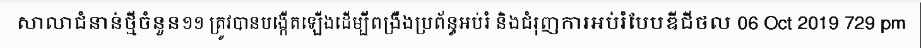
សាលាជំនាន់ថ្មីចំនួន១១ ត្រូវបានបង្កើតឡើងដើម្បីពង្រឹងប្រព័ន្ធអប់រំ និងជំរុញការអប់រំបែបឌីជីថល 06 Oct 2019 729 pm